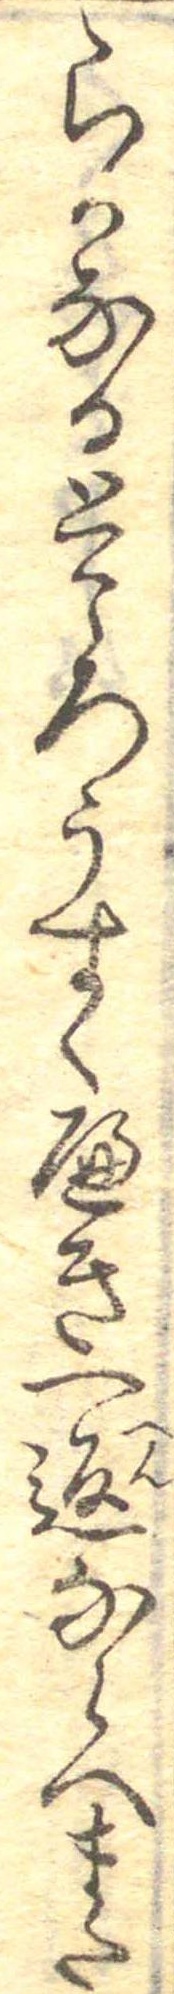
らかなるところうすくへき一返ならへまた